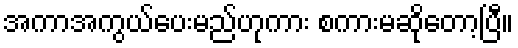
အကာအကွယ်ပေးမည်ဟုကား စကားမဆိုတော့ပြီ။